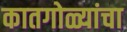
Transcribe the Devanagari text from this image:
कातगोळ्यांचा